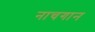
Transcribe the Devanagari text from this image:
नाचगान